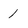
Character: 1